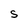
Character: S